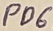
Text: PD6